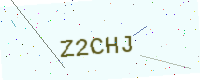
Text: Z2CHJ